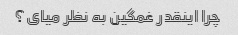
چرا اینقدر غمگین به نظر میای؟